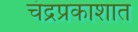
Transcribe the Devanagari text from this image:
चंद्रप्रकाशात